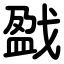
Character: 戤